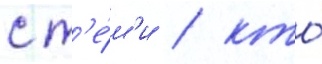
с т'е́м'и / кто́